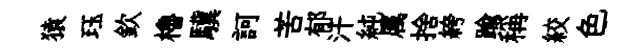
猿珏欽櫓驥訶苦郁汗純属捨絝踰稱絞色